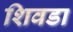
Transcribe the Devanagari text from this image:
शिवडा